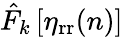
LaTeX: \hat{F}_{k}\left[\eta_{\mathrm{rr}}(n)\right]